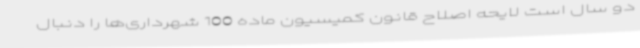
دو سال است لایحه اصلاح قانون کمیسیون ماده 100 شهرداری‌ها را دنبال